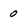
Character: 0